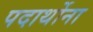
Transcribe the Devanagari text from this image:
पदार्थोना